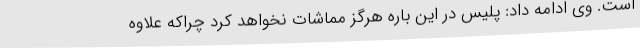
است. وی ادامه داد: پلیس در این باره هرگز مماشات نخواهد کرد چراکه علاوه